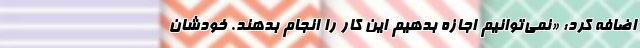
اضافه کرد: «نمی‌توانیم اجازه بدهیم این کار را انجام بدهند. خودشان